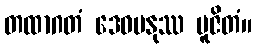
တထာဂတံ ဒေဝမနုဿ ပူဇိတံ။